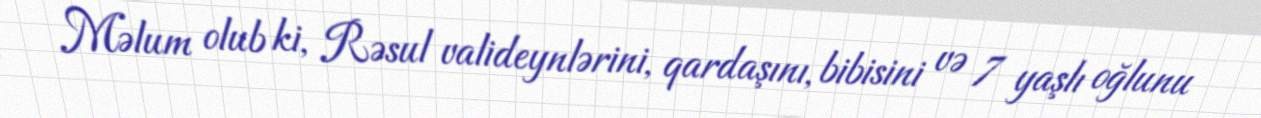
Məlum olub ki, Rəsul valideynlərini, qardaşını, bibisini və 7 yaşlı oğlunu